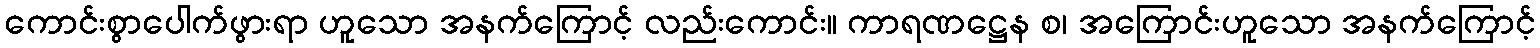
ကောင်းစွာပေါက်ဖွားရာ ဟူသော အနက်ကြောင့် လည်းကောင်း။ ကာရဏဋ္ဌေန စ၊ အကြောင်းဟူသော အနက်ကြောင့်